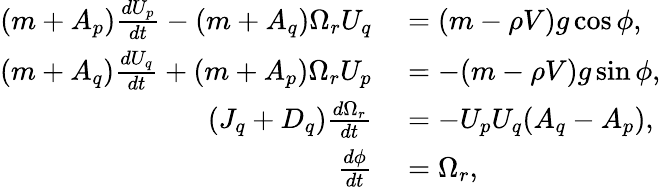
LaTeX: \begin{array}{rl}{(m+A_{p})\frac{dU_{p}}{dt}-(m+A_{q})\Omega_{r}U_{q}}&{{}=(m-\rho V)g\cos\phi,}\\ {(m+A_{q})\frac{dU_{q}}{dt}+(m+A_{p})\Omega_{r}U_{p}}&{{}=-(m-\rho V)g\sin\phi,}\\ {(J_{q}+D_{q})\frac{d\Omega_{r}}{dt}}&{{}=-U_{p}U_{q}(A_{q}-A_{p}),}\\ {\frac{d\phi}{dt}}&{{}=\Omega_{r},}\end{array}